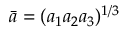
\bar { a } = ( a _ { 1 } a _ { 2 } a _ { 3 } ) ^ { 1 / 3 }